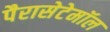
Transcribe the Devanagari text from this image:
पैरासेटेमॉल